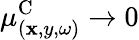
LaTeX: \mu_{(\mathbf{x},y,\omega)}^{\textrm{{C}}}\rightarrow0